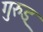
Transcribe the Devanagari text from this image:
गुरुड्